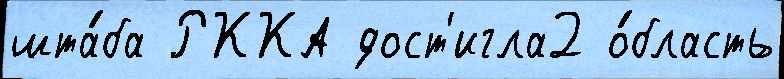
шта́ба РККА дост'игла2 о́бласть